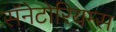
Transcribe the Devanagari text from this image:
सॅनेटोरियम्स